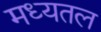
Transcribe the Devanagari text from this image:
मध्यतल